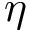
\eta